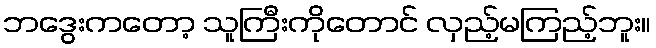
ဘဒွေးကတော့ သူကြီးကိုတောင် လှည့်မကြည့်ဘူး။